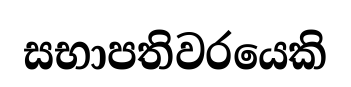
සභාපතිවරයෙකි